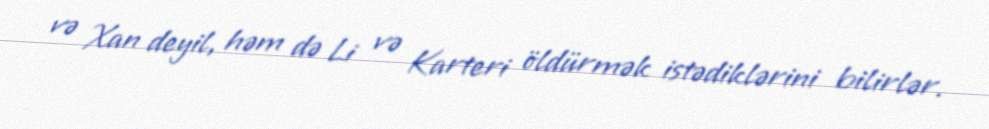
və Xan deyil, həm də Li və Karteri öldürmək istədiklərini bilirlər.